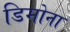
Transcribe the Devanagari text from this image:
डिमोना